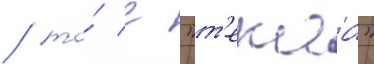
/ то́ с "т'екаа"